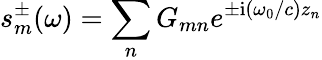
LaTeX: s_{m}^{\pm}(\omega)=\sum_{n}G_{mn}e^{{\pm}\mathrm{i}(\omega_{0}/c)z_{n}}